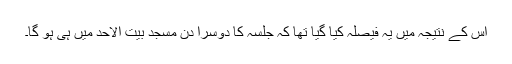
اس کے نتیجہ میں یہ فیصلہ کیا گیا تھا کہ جلسہ کا دوسرا دن مسجد بیت الاحد میں ہی ہو گا۔